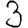
Digit: 3